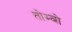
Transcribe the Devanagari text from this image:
तोम्बो